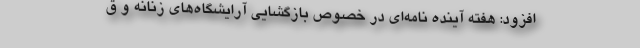
افزود: هفته آینده نامه‌ای در خصوص بازگشایی آرایشگاه‌های زنانه و ق